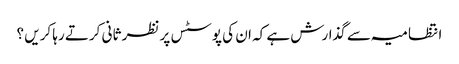
انتظامیہ سے گذارش ہے کہ ان کی پوسٹس پر نظر ثانی کرتے رہا کریں ؟